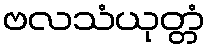
ဗလသံယုတ္တံ